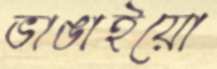
ভাঙাইয়ো